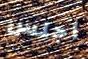
اجلس